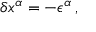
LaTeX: \delta x ^ { \alpha } = - \epsilon ^ { \alpha } \, ,